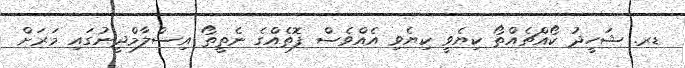
ޑރ. ޝަހީދު ކޯއްޗެއްތޯ ކިޔެވީ ކިޔެވި އެއްވެސް ފޮތެއްގެ ނެތީތޯ އިސްލާމްދީނުގައި މަރަށް